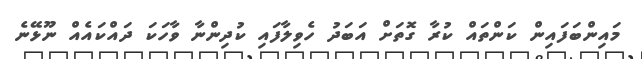
މައިންބަފައިން ކަންތައް ކުރާ ގޮތަށް އަބަދު ހެވިލާފައި ކުދިންނާ ވާހަކަ ދައްކައެއް ނޫޅޭނެ